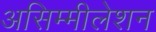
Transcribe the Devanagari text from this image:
असिम्मीलेशन